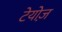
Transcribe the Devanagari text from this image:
टेयोज़